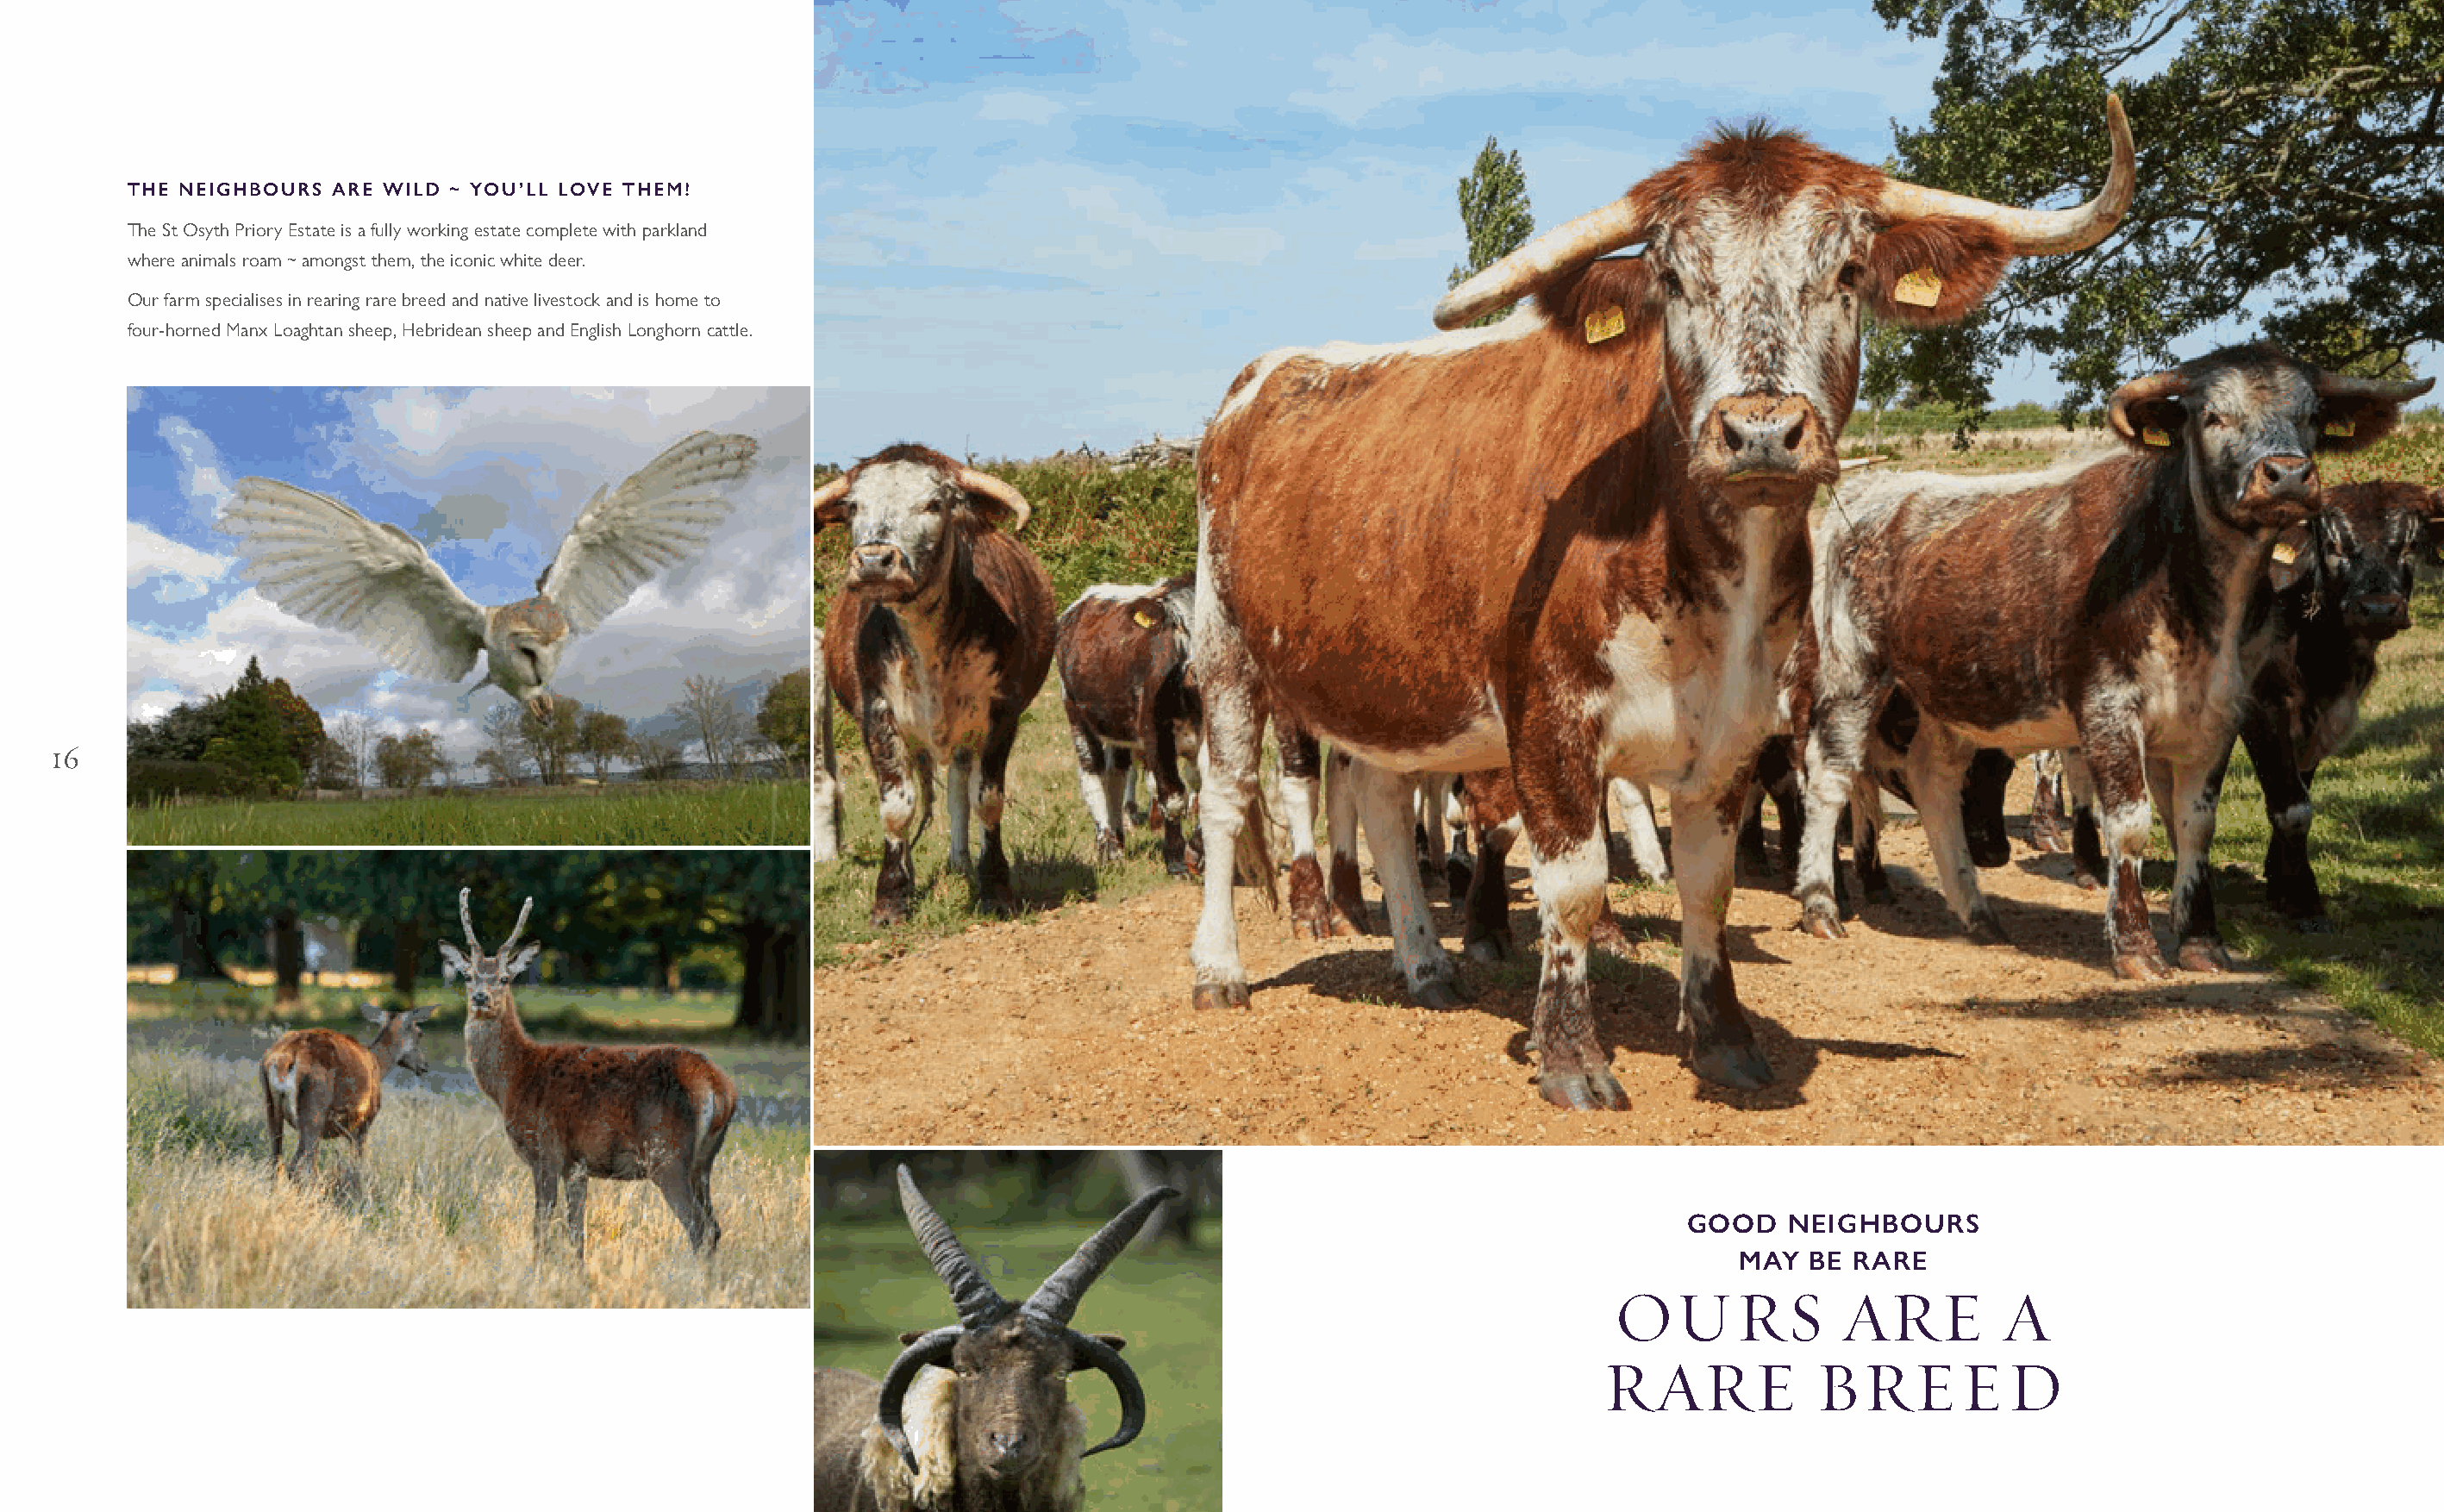
THE NEIGHBOURS  ARE WILD ~ YOU’LL LOVE THEM!
 The St Osyth Priory Estate is a fully working estate complete with parkland
 where animals roam ~ amongst them, the iconic white deer.
 Our farm specialises in rearing rare breed and native livestock and is home to
 four-horned Manx Loaghtan sheep, Hebridean sheep and English Longhorn cattle.
 16
 GOOD   NEIGHBOURS
 MAY  BE RARE
 OURS             ARE          A
 RARE            BREED